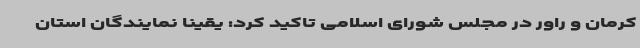
کرمان و راور در مجلس شورای اسلامی تاکید کرد: یقینا نمایندگان استان